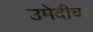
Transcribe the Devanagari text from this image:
उमेदीचा